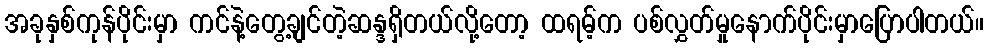
အခုနှစ်ကုန်ပိုင်းမှာ ကင်နဲ့တွေ့ချင်တဲ့ဆန္ဒရှိတယ်လို့တော့ ထရမ့်က ပစ်လွှတ်မှုနောက်ပိုင်းမှာပြောပါတယ်။